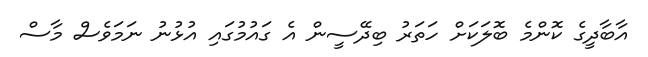
އާބާދީގެ ކޮންމެ ބޮލަކަށް ހަތަރު ބިދޭސީން އެ ގައުމުގައި އުޅުނު ނަމަވެސް މާސް